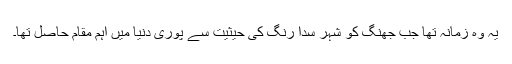
یہ وہ زمانہ تھا جب جھنگ کو شہر سدا رنگ کی حیثیت سے پوری دنیا میں اہم مقام حاصل تھا۔